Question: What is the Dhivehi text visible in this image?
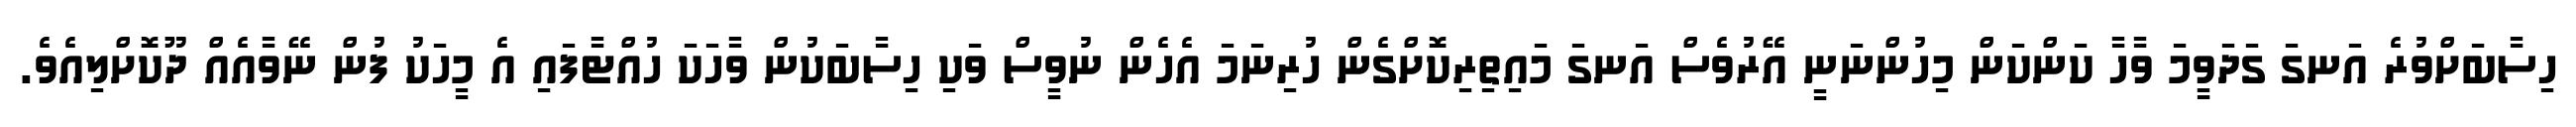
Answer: ހިސާބަށްވުރެ އަނގަ ގަދަވީމަ ވާހާ ކަންކަން މިހުންނަނީ އޭރުވެސް އަނގަ މައިތިރިކޮށްގެން ހުރިނަމަ އެހެން ނުވީސް ވަކި ހިސާބަކުން ވާހަކަ ހުއްޓާފައި އެ މީހަކު ފުން ނޭވާއެއް ދޫކޮށްލިއެވެ.